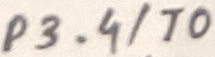
Text: P3.4/T0